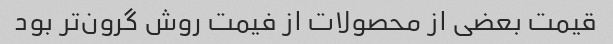
قیمت بعضی از محصولات از فیمت روش گرون‌تر بود